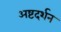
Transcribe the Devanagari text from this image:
अष्टदर्शन